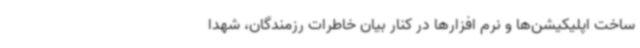
ساخت اپلیکیشن‌ها و نرم افزارها در کنار بیان خاطرات رزمندگان، شهدا